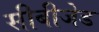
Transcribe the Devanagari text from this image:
सीबीजेड